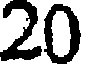
20